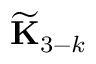
\widetilde { \bf K } _ { 3 - k }